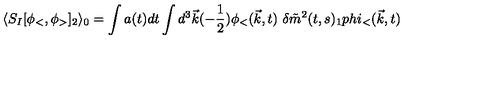
\langle S _ { I } [ \phi _ { < } , \phi _ { > } ] _ { 2 } \rangle _ { 0 } = \int a ( t ) d t \int d ^ { 3 } \vec { k } ( - \frac { 1 } { 2 } ) \phi _ { < } ( \vec { k } , t ) \ \delta \tilde { m } ^ { 2 } ( t , s ) _ { 1 } p h i _ { < } ( \vec { k } , t )